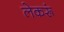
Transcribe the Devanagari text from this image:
लेकरूं